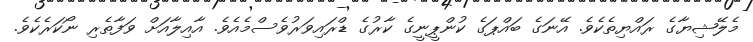
މެލޭޝިޔާގެ ރައްޔިތެކެވެ. އޭނަގެ ބައްޕަގެ ކުންޕީނީގެ ކާރުގެ ޑްރައިވަރުވެސްމެއެވެ. އާއިލާއަށް ވަފާތެރި ނޯކަރެކެވެ.